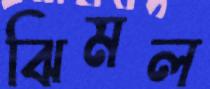
ঝিমল